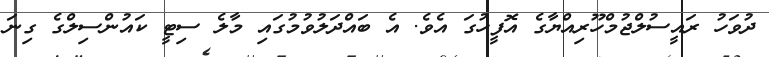
ދުވަހު ރައީސުލްޖުމްހޫރިއްޔާގެ އޮފީހުގަ އެވެ. އެ ބައްދަލުވުމުގައި މާލެ ސިޓީ ކައުންސިލްގެ ގިނަ